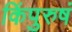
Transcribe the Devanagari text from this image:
किंपुरुषं